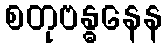
စတုဗန္ဓနေန